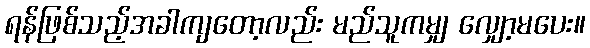
ရန်ဖြစ်သည့်အခါကျတော့လည်း မည်သူကမျှ လျှော့မပေး။